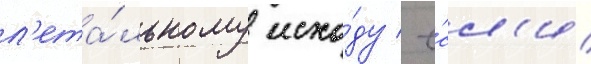
л'ета́льному исхо́ду / е́сл'и